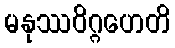
မနုဿဝိဂ္ဂဟေတိ